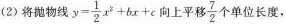
(2)将抛物线$$y= \frac{1}{2}x^{2}+bx+c$$向上平移\frac{7}{2}个单位长度，